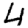
Digit: 4